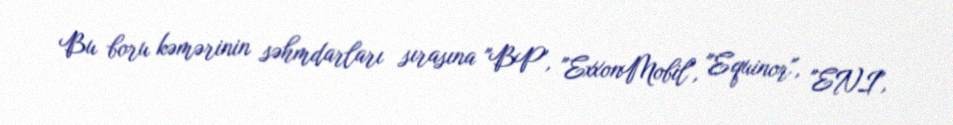
Bu boru kəmərinin səhmdarları sırasına "BP", "ExxonMobil", "Equinor", "ENI",